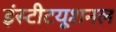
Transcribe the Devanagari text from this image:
इंस्‍टीटयूशनल